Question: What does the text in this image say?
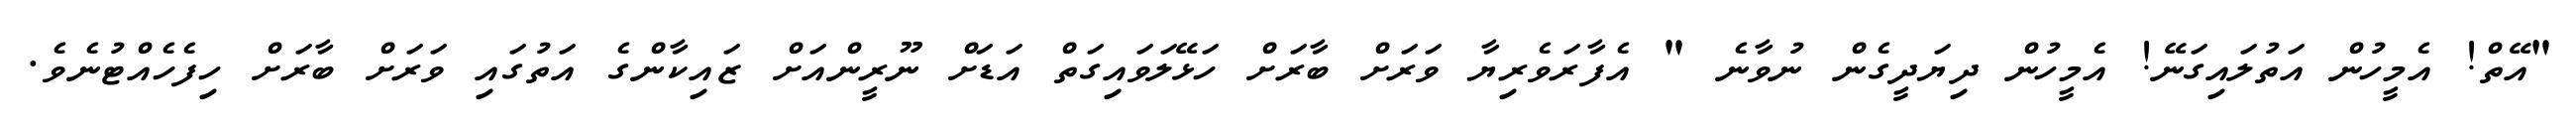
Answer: "އޭތް! އެމީހުން އަތުލައިގަނޭ! އެމީހުން ދިޔަދީގެން ނުވާނެ " އެފާރަވެރިޔާ ވަރަށް ބާރަށް ހަޅޭލަވައިގަތް އަޑަށް ނޫރީންއަށް ޒައިކާންގެ އަތުގައި ވަރަށް ބާރަށް ހިފެހެއްޓުނެވެ.